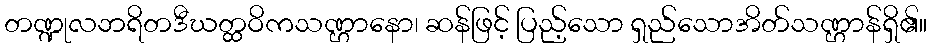
တဏ္ဍုလဘရိတဒီဃတ္ထဝိကသဏ္ဌာနော၊ ဆန်ဖြင့် ပြည့်သော ရှည်သောအိတ်သဏ္ဌာန်ရှိ၏။